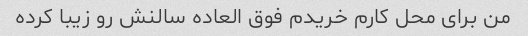
من برای محل کارم خریدم فوق العاده سالنش رو زیبا کرده